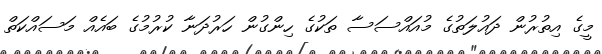
މީގެ އިތުރުން ދައުލަތުގެ މުއައްސަސާ ތަކުގެ ހިންގުން ހަރުދަނާ ކުރުމުގެ ބައެއް މަސައްކަތް